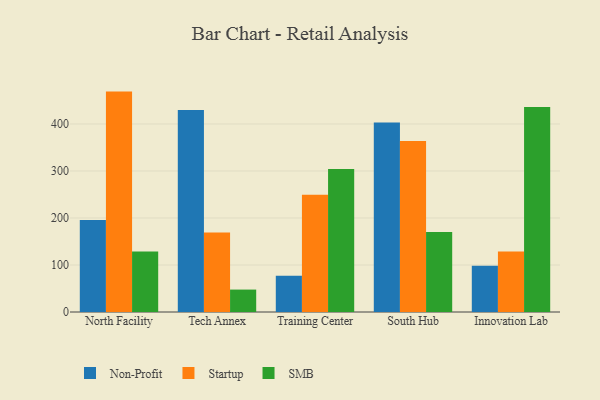
{"axis": {"x": "Campus", "y": "Energy Usage (MWh)"}, "legend": ["Non-Profit", "SMB", "Startup"], "data": [{"x": "North Facility", "y": 195.7, "type": "Non-Profit"}, {"x": "North Facility", "y": 468.9, "type": "Startup"}, {"x": "North Facility", "y": 128.7, "type": "SMB"}, {"x": "Tech Annex", "y": 429.5, "type": "Non-Profit"}, {"x": "Tech Annex", "y": 169.3, "type": "Startup"}, {"x": "Tech Annex", "y": 47.7, "type": "SMB"}, {"x": "Training Center", "y": 77.3, "type": "Non-Profit"}, {"x": "Training Center", "y": 249.5, "type": "Startup"}, {"x": "Training Center", "y": 304.3, "type": "SMB"}, {"x": "South Hub", "y": 403.3, "type": "Non-Profit"}, {"x": "South Hub", "y": 364.0, "type": "Startup"}, {"x": "South Hub", "y": 170.2, "type": "SMB"}, {"x": "Innovation Lab", "y": 98.2, "type": "Non-Profit"}, {"x": "Innovation Lab", "y": 128.5, "type": "Startup"}, {"x": "Innovation Lab", "y": 436.3, "type": "SMB"}]}